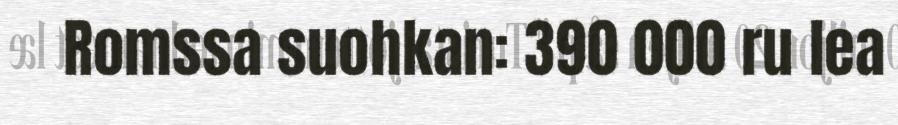
Romssa suohkan: 390 000 ru lea